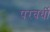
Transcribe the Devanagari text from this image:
परवर्धी